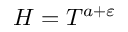
H = T ^ { a + \varepsilon }